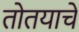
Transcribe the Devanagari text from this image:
तोतयाचे